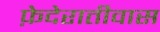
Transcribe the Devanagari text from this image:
फ़ेदेरातीवास